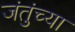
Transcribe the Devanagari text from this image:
जंतुंच्या